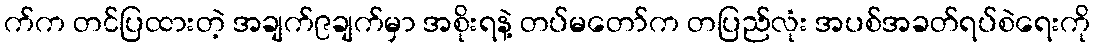
က်က တင်ပြထားတဲ့ အချက်၉ချက်မှာ အစိုးရနဲ့ တပ်မတော်က တပြည်လုံး အပစ်အခတ်ရပ်စဲရေးကို